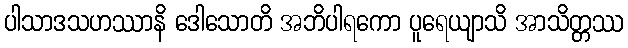
ပါသာဒသဟဿာနိ ဒေါသောတိ အဘိပါရကော ပူရေယျာသိ အာသိတ္တဿ